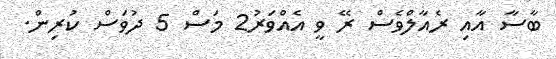
ބާސާ އާއި ރެއާލްވެސް ރޭ ވީ އެއްވަރު2 މަސް 5 ދުވަސް ކުރިން.